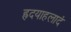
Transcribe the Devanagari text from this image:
ह्रदयाहलादं